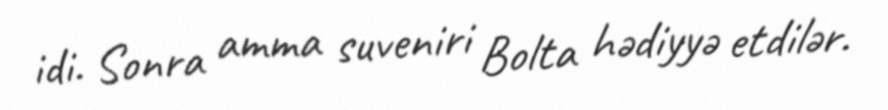
idi. Sonra amma suveniri Bolta hədiyyə etdilər.